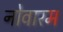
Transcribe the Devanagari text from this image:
नोवारम